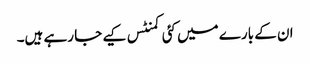
ان کے بارے میں کئی کمنٹس کیے جا رہے ہیں۔